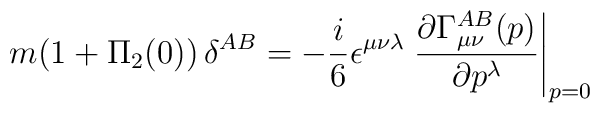
m (1+\Pi_{2}(0))\,\delta^{AB} = - {i\over 6}\epsilon^{\mu\nu\lambda}\left.{\partial\Gamma_{\mu\nu}^{AB}(p)\over \partial p^{\lambda}}\right|_{p=0}